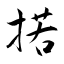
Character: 掿